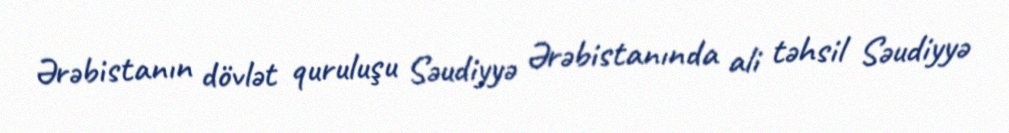
Ərəbistanın dövlət quruluşu Səudiyyə Ərəbistanında ali təhsil Səudiyyə